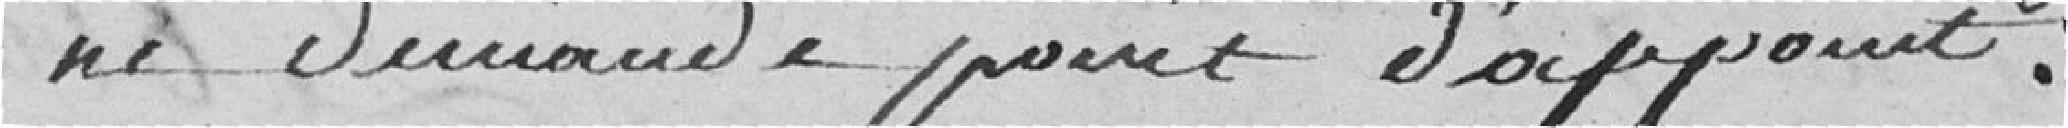
ne demande point d'appoint.